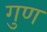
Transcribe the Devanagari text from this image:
गुण